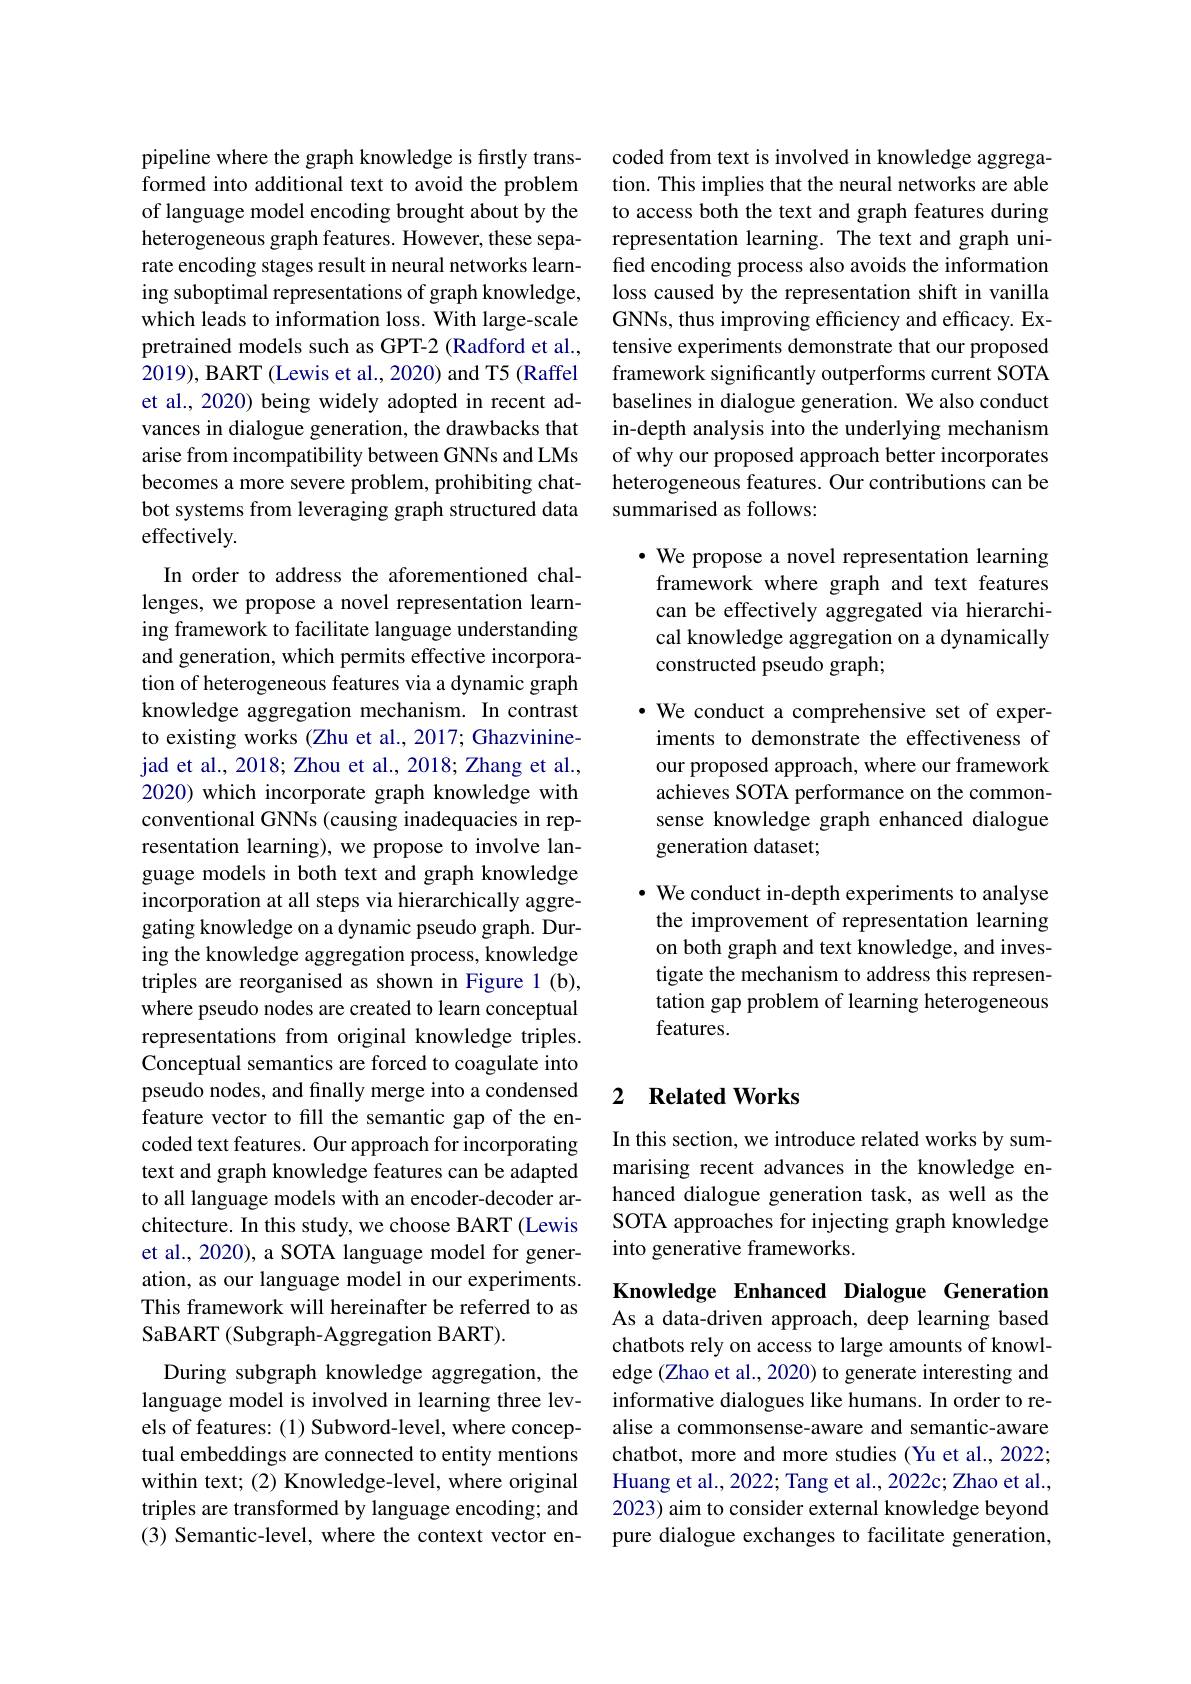
pipeline where the graph knowledge is firstly transformed into additional text to avoid the problem of language model encoding brought about by the heterogeneous graph features. However, these separate encoding stages result in neural networks learning suboptimal representations of graph knowledge, which leads to information loss. With large-scale pretrained models such as GPT-2 (Radford et al., 2019), BART (Lewis et al., 2020) and T5 (Raffel et al., 2020) being widely adopted in recent advances in dialogue generation, the drawbacks that arise from incompatibility between GNNs and LMs becomes a more severe problem, prohibiting chatbot systems from leveraging graph structured data effectively.

In order to address the aforementioned challenges, we propose a novel representation learning framework to facilitate language understanding and generation, which permits effective incorporation of heterogeneous features via a dynamic graph knowledge aggregation mechanism. In contrast to existing works (Zhu et al., 2017; Ghazvininejad et al., 2018; Zhou et al., 2018; Zhang et al., 2020) which incorporate graph knowledge with conventional GNNs (causing inadequacies in representation learning),we propose to involve language models in both text and graph knowledge incorporation at all steps via hierarchically aggregating knowledge on a dynamic pseudo graph. During the knowledge aggregation process, knowledge triples are reorganised as shown in Figure 1(b), where pseudo nodes are created to learn conceptual representations from original knowledge triples. Conceptual semantics are forced to coagulate into pseudo nodes, and finally merge into a condensed feature vector to fill the semantic gap of the encoded text features. Our approach for incorporating text and graph knowledge features can be adapted to all language models with an encoder-decoder architecture. In this study, we choose BART (Lewis et al., 2020), a SOTA language model for generation, as our language model in our experiments. This framework will hereinafter be referred to as SaBART (Subgraph-Aggregation BART).
During subgraph knowledge aggregation, the language model is involved in learning three levels of features: (1) Subword-level, where conceptual embeddings are connected to entity mentions within text; (2) Knowledge-level, where original triples are transformed by language encoding; and

(3) Semantic-level, where the context vector en-

coded from text is involved in knowledge aggregation. This implies that the neural networks are able to access both the text and graph features during representation learning. The text and graph unified encoding process also avoids the information loss caused by the representation shift in vanilla GNNs, thus improving efficiency and efficacy. Extensive experiments demonstrate that our proposed framework significantly outperforms current SOTA baselines in dialogue generation. We also conduct in-depth analysis into the underlying mechanism of why our proposed approach better incorporates heterogeneous features. Our contributions can be summarised as follows:

· We propose a novel representation learning framework where graph and text features can be effectively aggregated via hierarchical knowledge aggregation on a dynamically constructed pseudo graph;

·We conduct a comprehensive set of experiments to demonstrate the effectiveness of our proposed approach, where our framework achieves SOTA performance on the commonsense knowledge graph enhanced dialogue generation dataset;

$\bullet$ We conduct in-depth experiments to analyse the improvement of representation learning on both graph and text knowledge, and investigate the mechanism to address this representation gap problem of learning heterogeneous features.

### 2 $\textbf{Related Works}$

In this section, we introduce related works by summarising recent advances in the knowledge enhanced dialogue generation task, as well as the SOTA approaches for injecting graph knowledge into generative frameworks.

Knowledge Enhanced Dialogue Generation

As a data-driven approach, deep learning based chatbots rely on access to large amounts of knowledge (Zhao et al., 2020) to generate interesting and informative dialogues like humans. In order to realise a commonsense-aware and semantic-aware chatbot, more and more studies (Yu et al., 2022; Huang et al., 2022; Tang et al., 2022c; Zhao et al., 2023) aim to consider external knowledge beyond pure dialogue exchanges to facilitate generation,